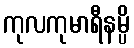
ကုလကုမာရီနမ္ပိ